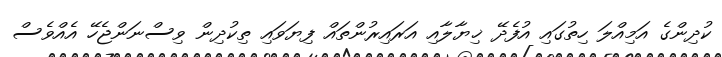
ކުދިންގެ އަމިއްލަ ހިތުގައި އުފެދޭ ޚިޔާލާއި އަރައިރުންތައް ފިޔަވައި ތިކުދިން ވިސްނަންޖެހޭ އެއްވެސް